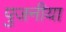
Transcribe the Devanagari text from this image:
पुजनीया